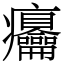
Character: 㿜